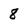
Character: 8